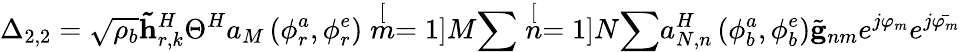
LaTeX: \Delta_{2,2}=\sqrt{\rho_{b}}\mathbf{\tilde{h}}_{r,k}^{H}\Theta^{H}a_{M}\left(\phi_{r}^{a},\phi_{r}^{e}\right)\stackrel[m=1]{M}{\sum}\stackrel[n=1]{N}{\sum}a_{N,n}^{H}\left(\phi_{b}^{a},\phi_{b}^{e}\right)\tilde{\mathbf{g}}_{nm}e^{j\varphi_{m}}e^{j\bar{\varphi_{m}}}